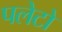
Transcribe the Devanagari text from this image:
पलेटो